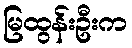
မြထွန်းဦးက